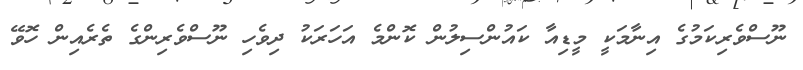
ނޫސްވެރިކަމުގެ އިނާމަކީ މީޑިއާ ކައުންސިލުން ކޮންމެ އަހަރަކު ދިވެހި ނޫސްވެރިންގެ ތެރެއިން ހޮވޭ